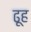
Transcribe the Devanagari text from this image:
ढूह